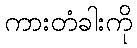
ကားတံခါးကို